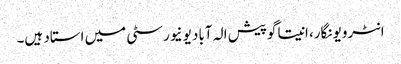
انٹرویو نگار، انیتا گوپیش الہ آباد یونیورسٹی میں استاد ہیں۔